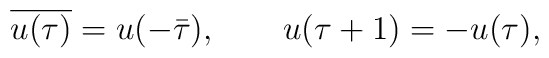
\overline{u(\tau)}=u(-\bar\tau), \qquad u(\tau+1)=-u(\tau),